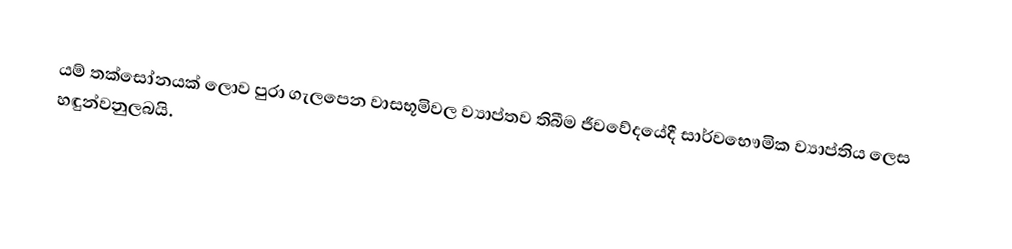
යම් තක්සෝනයක් ලොව පුරා ගැලපෙන වාසභූමිවල ව්‍යාප්තව තිබීම ජීවවේදයේදී  සාර්වභෞමික ව්‍යාප්තිය ලෙස හඳුන්වනුලබයි.